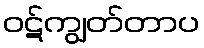
ဝဋ်ကျွတ်တာပ